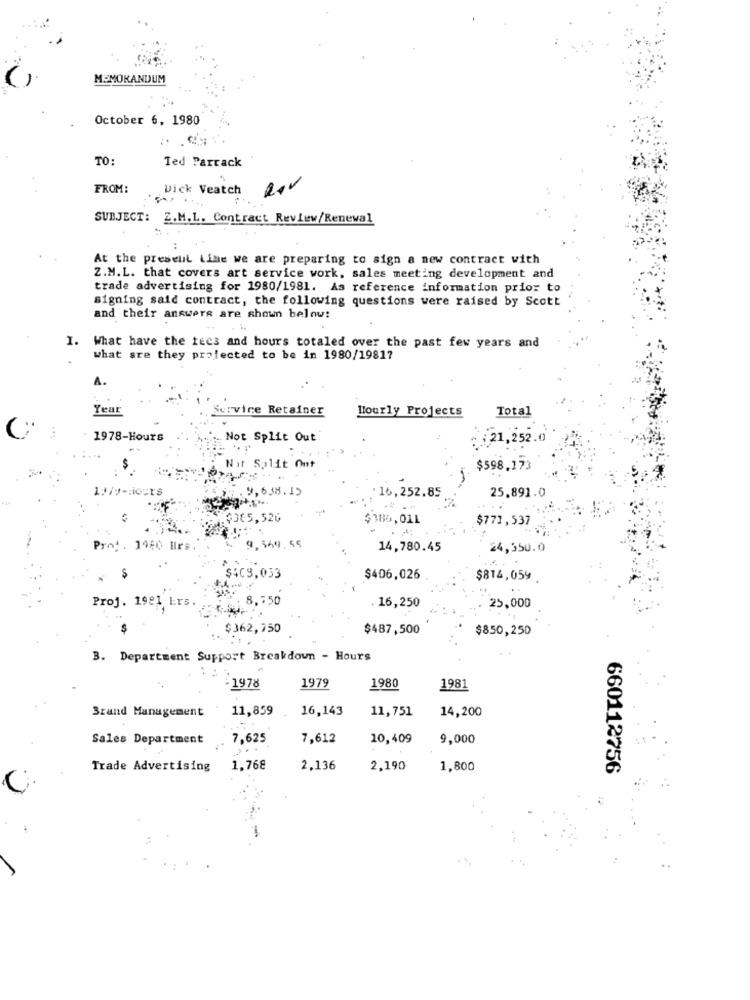
MEMORANDUM
October 6, 1980
TO:
Ted Parrack
FROM:
Dick Veatch
SUBJECT: Z.M.L. Contract Review/Renewal
At the present Line we are preparing to sign a new contract with
Z.M.L. that covers art service work, sales meeting development and
trade advertising for 1980/1981. As reference information prior to
signing said contract, the following questions were raised by Scott
and their answers are shown below:
. ..
I.
What have the fees and hours totaled over the past few years and
what are they projected to be in 1980/19817
Year
Service Retainer
Hourly Projects
Total
1978-Hours
Not Split Out
21,252.
Nit
$
$598,173
11/v -: iouts
16,252.85
25.891.0
$186,011
$771,537
Prof. 1920 Bre
9,569.55
14,780.45
24,350.0
$409,033
$406,026
$814,059
Proj. 1981 Ers.
8,750
16,250
25,000
$362,750
$487,500
$850,250
3. Department Support Breakdown - Hours
· 1978
1979
1980
1981
Brand Management
11,859
16,143
14,200
11,751
Sales Department
7,625
7,612
10,409
9,000
Trade Advertising 1,768
2,136
2,190
1,800
660112756